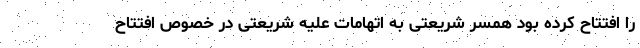
را افتتاح کرده بود همسر شریعتی به اتهامات علیه شریعتی در خصوص افتتاح